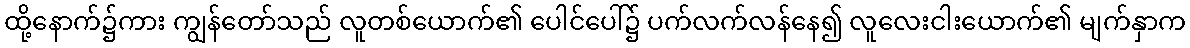
ထို့နောက်၌ကား ကျွန်တော်သည် လူတစ်ယောက်၏ ပေါင်ပေါ်၌ ပက်လက်လန်နေ၍ လူလေးငါးယောက်၏ မျက်နှာက